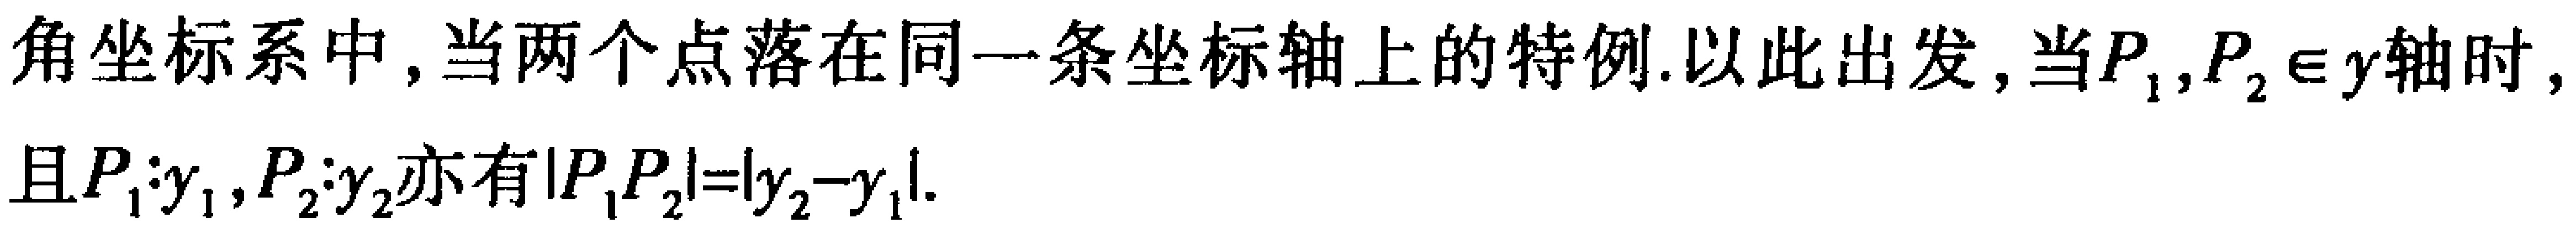
角坐标系中，当两个点落在同一条坐标轴上的特例.以此出发,当$P_{1},P_{2} \in y轴$时,且$P_{1}:y_{1},P_{2}:y_{2}$亦有$|P_{1}P_{2}| = |y_{2}-y_{1}|$.